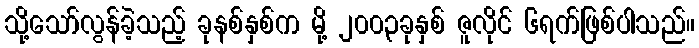
သို့သော်လွန်ခဲ့သည့် ခုနစ်နှစ်က မို့ ၂၀၀၃ခုနှစ် ဇူလိုင် ၆ရက်ဖြစ်ပါသည်။